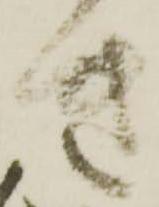
き